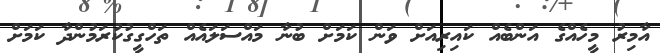
އާމިރު މީހެއްގެ އަންބެއް ކައިރިއަށް ވަން ކަމަށް ބުނާ މައްސަލައެއް ތަހްގީގުކުރަމުންދާ ކަމަށް